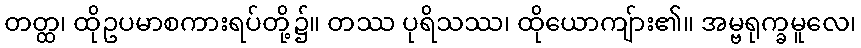
တတ္ထ၊ ထိုဥပမာစကားရပ်တို့၌။ တဿ ပုရိသဿ၊ ထိုယောကျ်ား၏။ အမ္ဗရုက္ခမူလေ၊